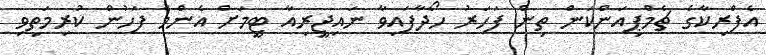
އެފްރިކާގެ ޗެމްޕިއަންކަން ތިން ފަހަރު ހޯދާފައިވާ ނައިޖީރިއާ ޓީމަށް އެންމެ ފަހުން ކުރިމަތިވި